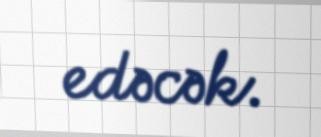
edəcək.